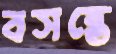
বসন্তে